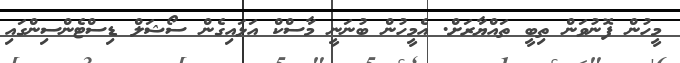
މީހުން ފޮނުވަން ތިބީ ތައްޔާރަށް. އެމީހުން ބުނަނީ މާސްކް އަޅައިގެން ސޯޝަލް ޑިސްޓެންސިންގައި